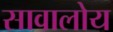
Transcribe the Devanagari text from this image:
सावालोय